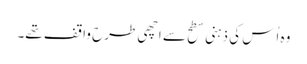
وہ اُس کی ذہنی سطح سے اچھی طرح واقف تھے۔